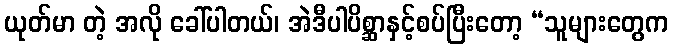
ယုတ်မာ တဲ့ အလို ခေါ်ပါတယ်၊ အဲဒီပါပိစ္ဆာနှင့်စပ်ပြီးတော့ “သူများတွေက